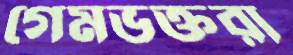
গেমভক্তরা